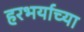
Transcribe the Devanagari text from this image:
हरभर्याच्या